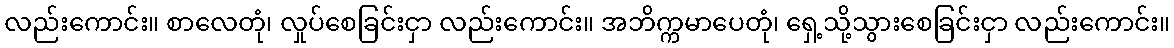
လည်းကောင်း။ စာလေတုံ၊ လှုပ်စေခြင်းငှာ လည်းကောင်း။ အဘိက္ကမာပေတုံ၊ ရှေ့သို့သွားစေခြင်းငှာ လည်းကောင်း။